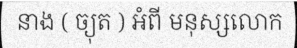
នាង ( ច្យុត ) អំពី មនុស្សលោក